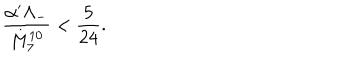
LaTeX: \frac { \alpha ^ { \prime } \Lambda _ { - } } { M _ { 7 } ^ { 1 0 } } < \frac { 5 } { 2 4 } .